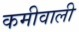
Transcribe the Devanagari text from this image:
कमीवाली